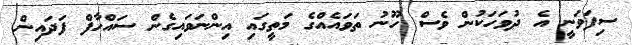
ސިފަވަނީ އެ ދުވަހަކުން ވެސް ހޫނު ތަވައެއްގެ މަތީގައި އިންނަވައިގެން ސައްހާފް ފަދައިން